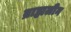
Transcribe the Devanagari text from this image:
ब्राह्मलीन